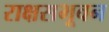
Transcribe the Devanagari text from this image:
राक्षसभूवन